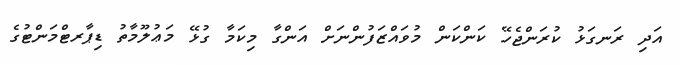
އަދި ރަނގަޅު ކުރަންޖެހޭ ކަންކަން މުވައްޒަފުންނަށް އަންގާ މިކަމާ ގުޅޭ މަޢުލޫމާތު ޑިޕާރޓްމަންޓުގެ